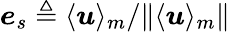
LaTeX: \boldsymbol{e}_{s}\triangleq\langle\boldsymbol{u}\rangle_{m}/\Vert\langle\boldsymbol{u}\rangle_{m}\Vert